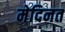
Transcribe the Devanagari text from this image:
मेदिनत